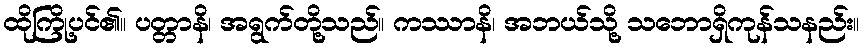
ထိုကြို့ပင်၏။ ပတ္တာနိ၊ အရွက်တို့သည်။ ကဿာနိ၊ အဘယ်သို့ သဘောရှိကုန်သနည်း။